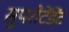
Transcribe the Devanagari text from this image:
सुपरीटेंडेंट